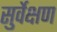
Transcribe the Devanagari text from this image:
सुर्वेक्षण